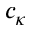
c _ { \kappa }